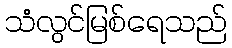
သံလွင်မြစ်ရေသည်